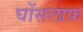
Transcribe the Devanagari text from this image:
घोंसलाफ़